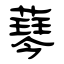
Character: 䔷